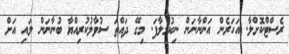
ރެސްޓްކޮށްލާ. އަހަރެން އަންނާނަން ނިކުމެލާފަ. މިގޭ ދައްތަ ސުވާލުކުރިއްޔާ ބުނާނަން ލައި އަށް